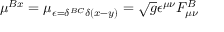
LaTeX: \mu ^ { B x } = \mu _ { \epsilon = \delta ^ { B C } \delta ( x - y ) } = \sqrt { g } \epsilon ^ { \mu \nu } F _ { \mu \nu } ^ { B }